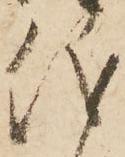
儀